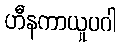
ဟီနကာယူပဂါ